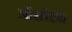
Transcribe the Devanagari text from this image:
ऑसीटन